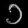
Digit: ၁